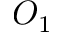
O _ { 1 }